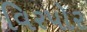
વિરપોર